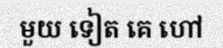
មួយ ទៀត គេ ហៅ